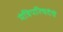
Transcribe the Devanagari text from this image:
मंत्रिपरिषदेचे